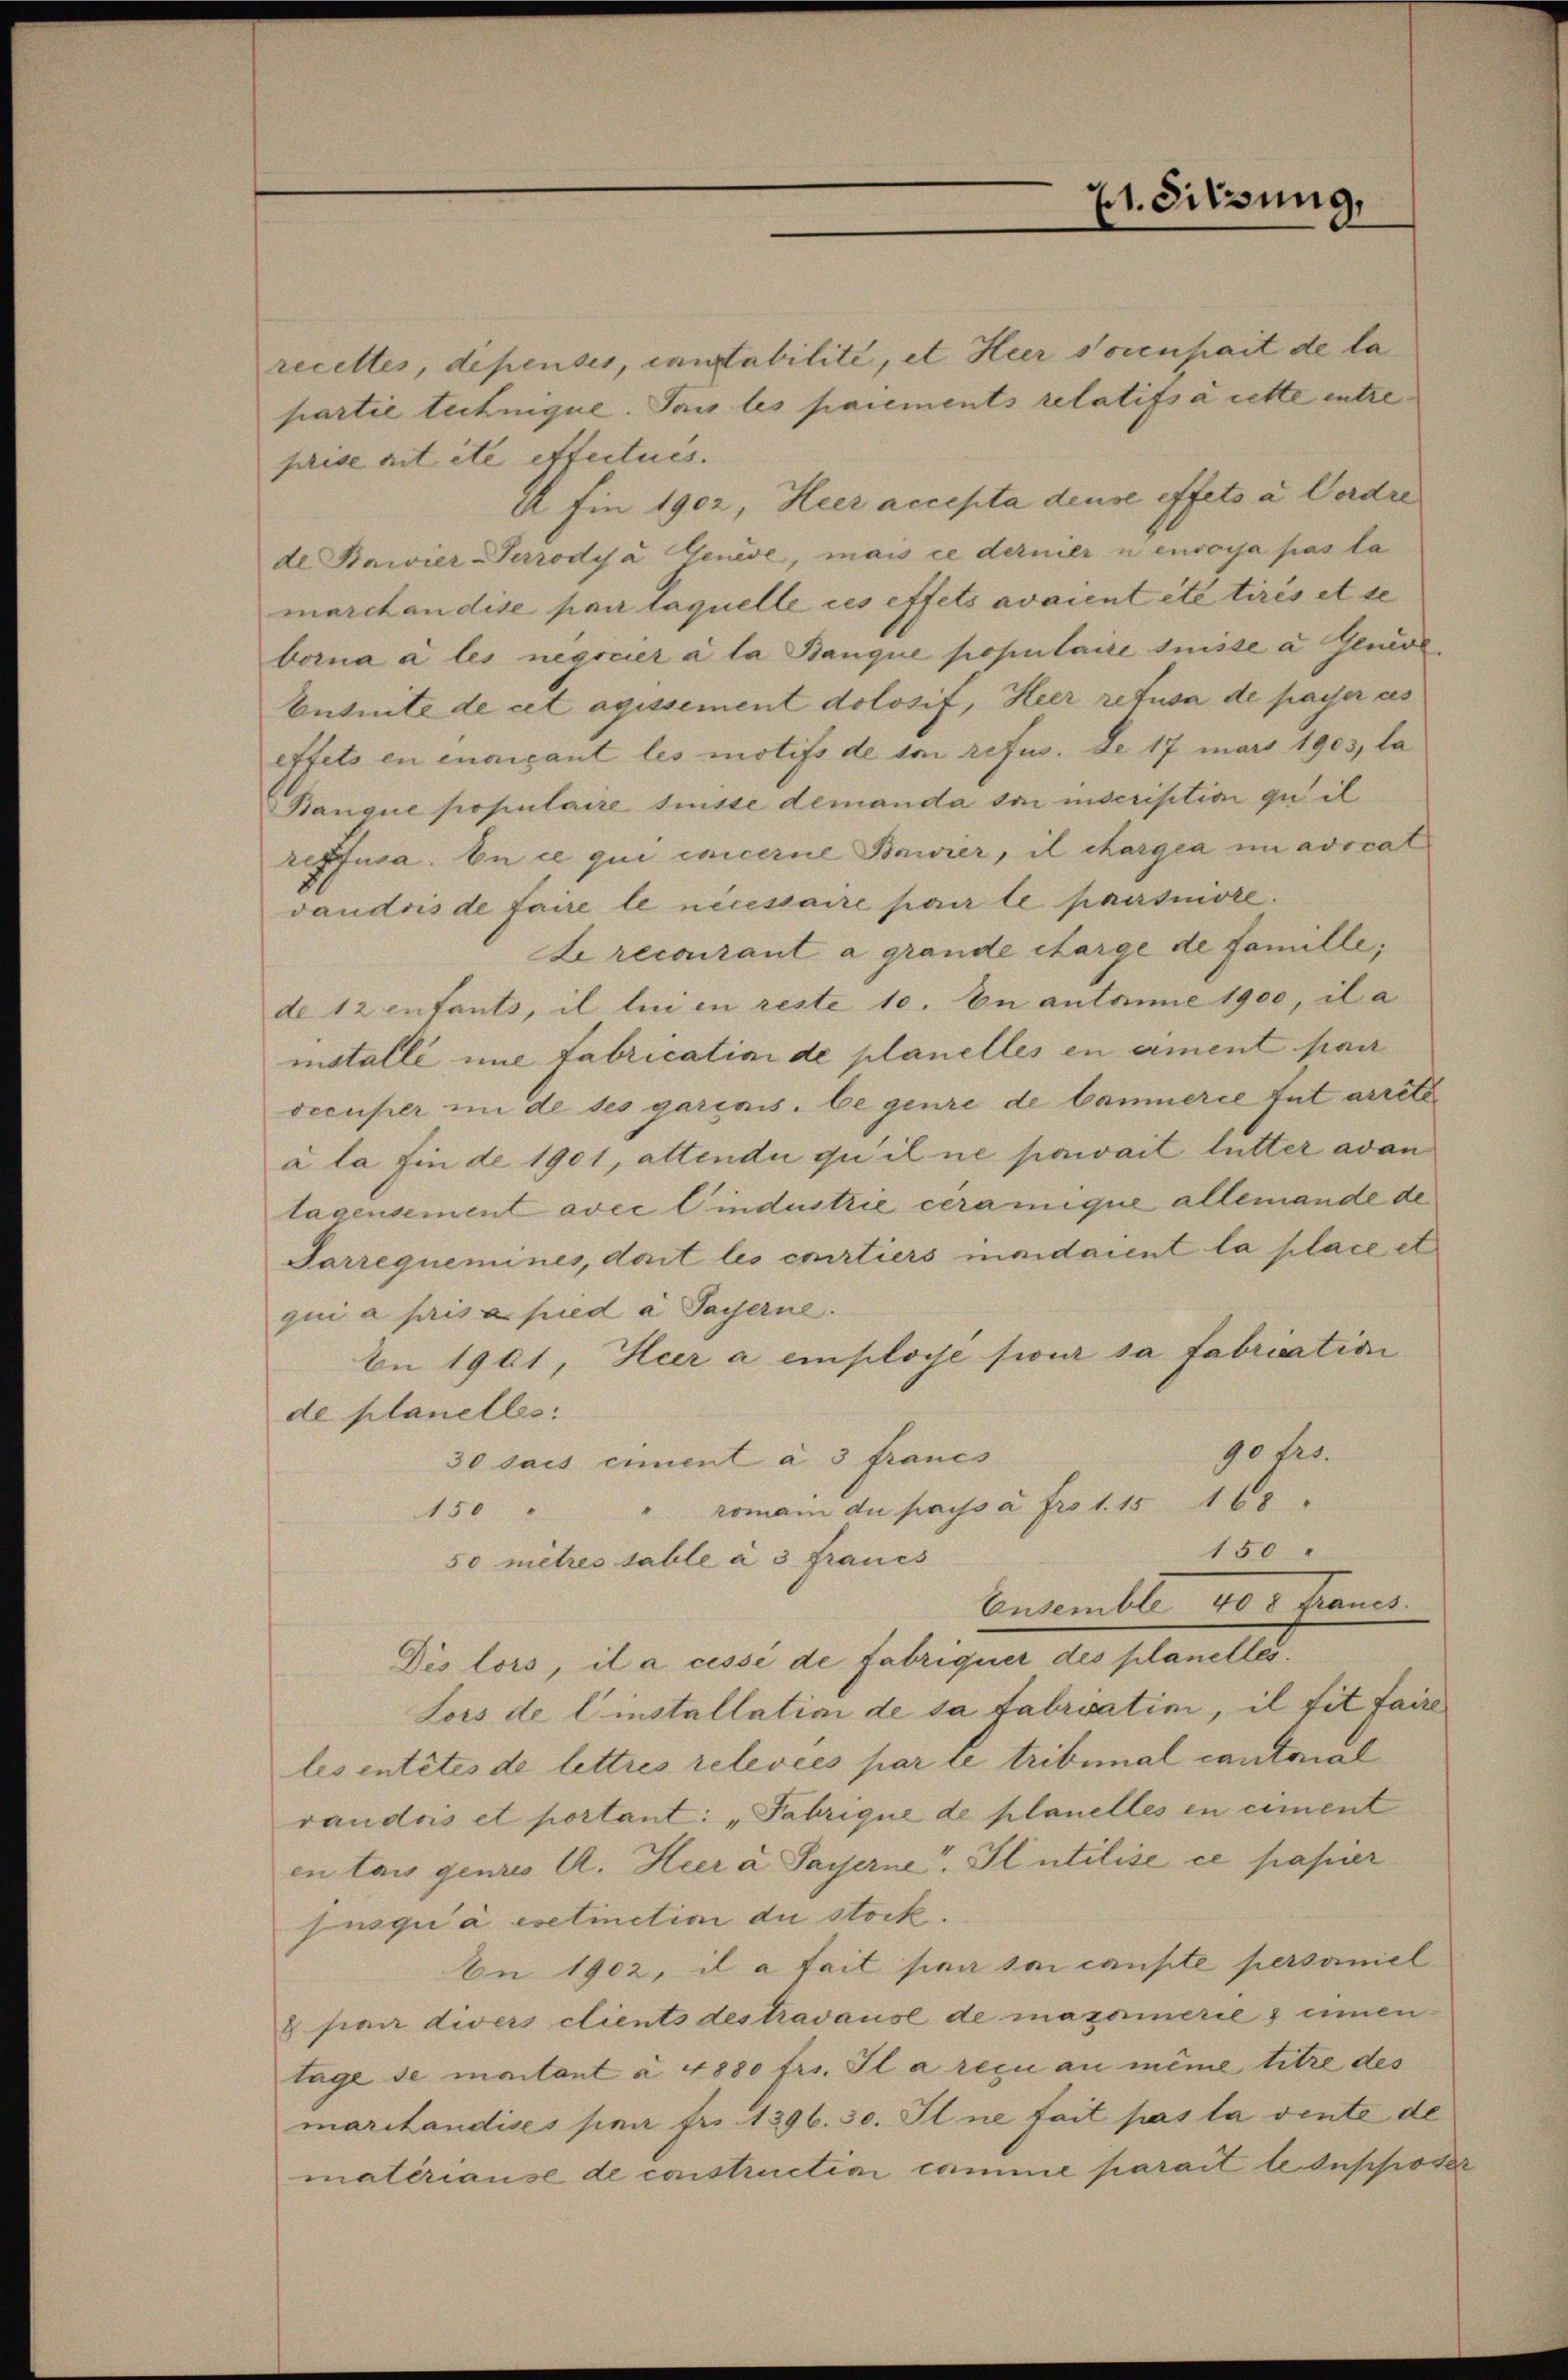
recettes, dependes, constabilité, et Heer soienhait de la
partie teilnique. Das les paiements relatifs à cette entre-
prise ait ite effectués.
i fin 1902, Heer accepta dense effets a Gerdre
de Bavier-Terrodija Genève, mais ce dernier nenvoyja pas la
marchandise par laquelle ces effets avaient etc tirés et se
borna a les negocier à la Banque populaire suisse a Gerol.
Entuité de cet agissement dolosif, Heer refusa de passer des
effets en incipant les motifs de son refus. De 17 mars 1903, la
Hanque populaire tesse demanda son inscription quil
repfusa. En ce qui excerne Baier, il chargea in avocat
vaudois de faire le necessaire par le paersnirre.
Le recourant a grande charge de famille,
de 12 entants, il lui en reste 10. In antanne 1900, il a
mstalle une fabrication de planelles en ament par
decuper in de ses garinis. be genre de Cammerce fut arrete
à la fin de 1901, attendii qu’il ne pouvait lutter avan
lagensement avec l’industrie ceramique allemande de
Sarrequemines, doit les certiers invidaient la place et
qui a pris a pied à Payerne.
An 1901, Heer a employé siour sa fabrication
de planelles:
90 frs.
30 dais ciment à 3 francs
roman die payss a. fr. 1. 15 168.
150
.
150
50 mitres sable à 3 Fraues
Ensemble 400 kannt.
Die lers, il a cessé de Fabriquer des planelle
Sors de Einstallation de sa fabricatini, il sit faire
les entites de lettres relevées par le tribunal cantonal
raudois et portant: „Fabrique de planelles en ciment
en taus genres A. Heer a Payerne. Il utilise ce papier
jusqui à exetinction du stock.
An 1902, il a fait par sei cante personiel
8 sian divers clients des travause de mazormerie & innen
tage se maitant à 4880 frs. Il a reçu au même titre des
maritandises par fr. 1396. 30. Il ne fait pas la vente de
matériause de constructini comme parait le Insposer

71. Sitzung,